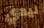
ليدي